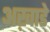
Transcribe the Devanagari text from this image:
अख़ाडे